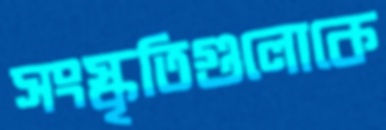
সংস্কৃতিগুলোকে